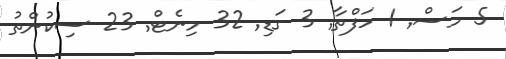
5 މަސް